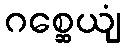
ဂစ္ဆေယျံ